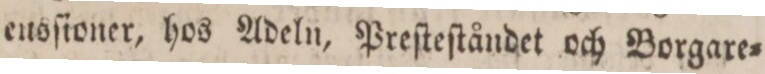
eitsſioner, hos Adeln, Preſteſtåndet och Borgare=